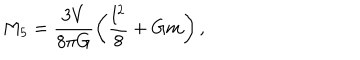
M _ { 5 } = \frac { 3 V } { 8 \pi G } \left( \frac { l ^ { 2 } } { 8 } + G m \right) ,